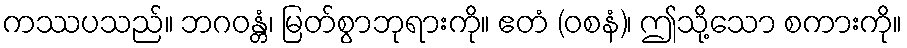
ကဿပသည်။ ဘဂဝန္တံ၊ မြတ်စွာဘုရားကို။ ဧတံ (ဝစနံ)၊ ဤသို့သော စကားကို။